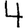
Digit: 4